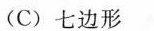
(C)七边形